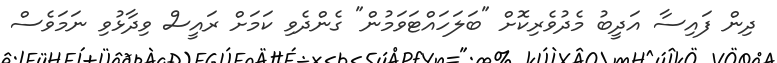
ދިން ފައިސާ އަދީބު މެދުވެރިކޮށް "ބަލަހައްޓަވަމުން" ގެންދެވި ކަމަށް ރައީސް ވިދާޅުވި ނަމަވެސް